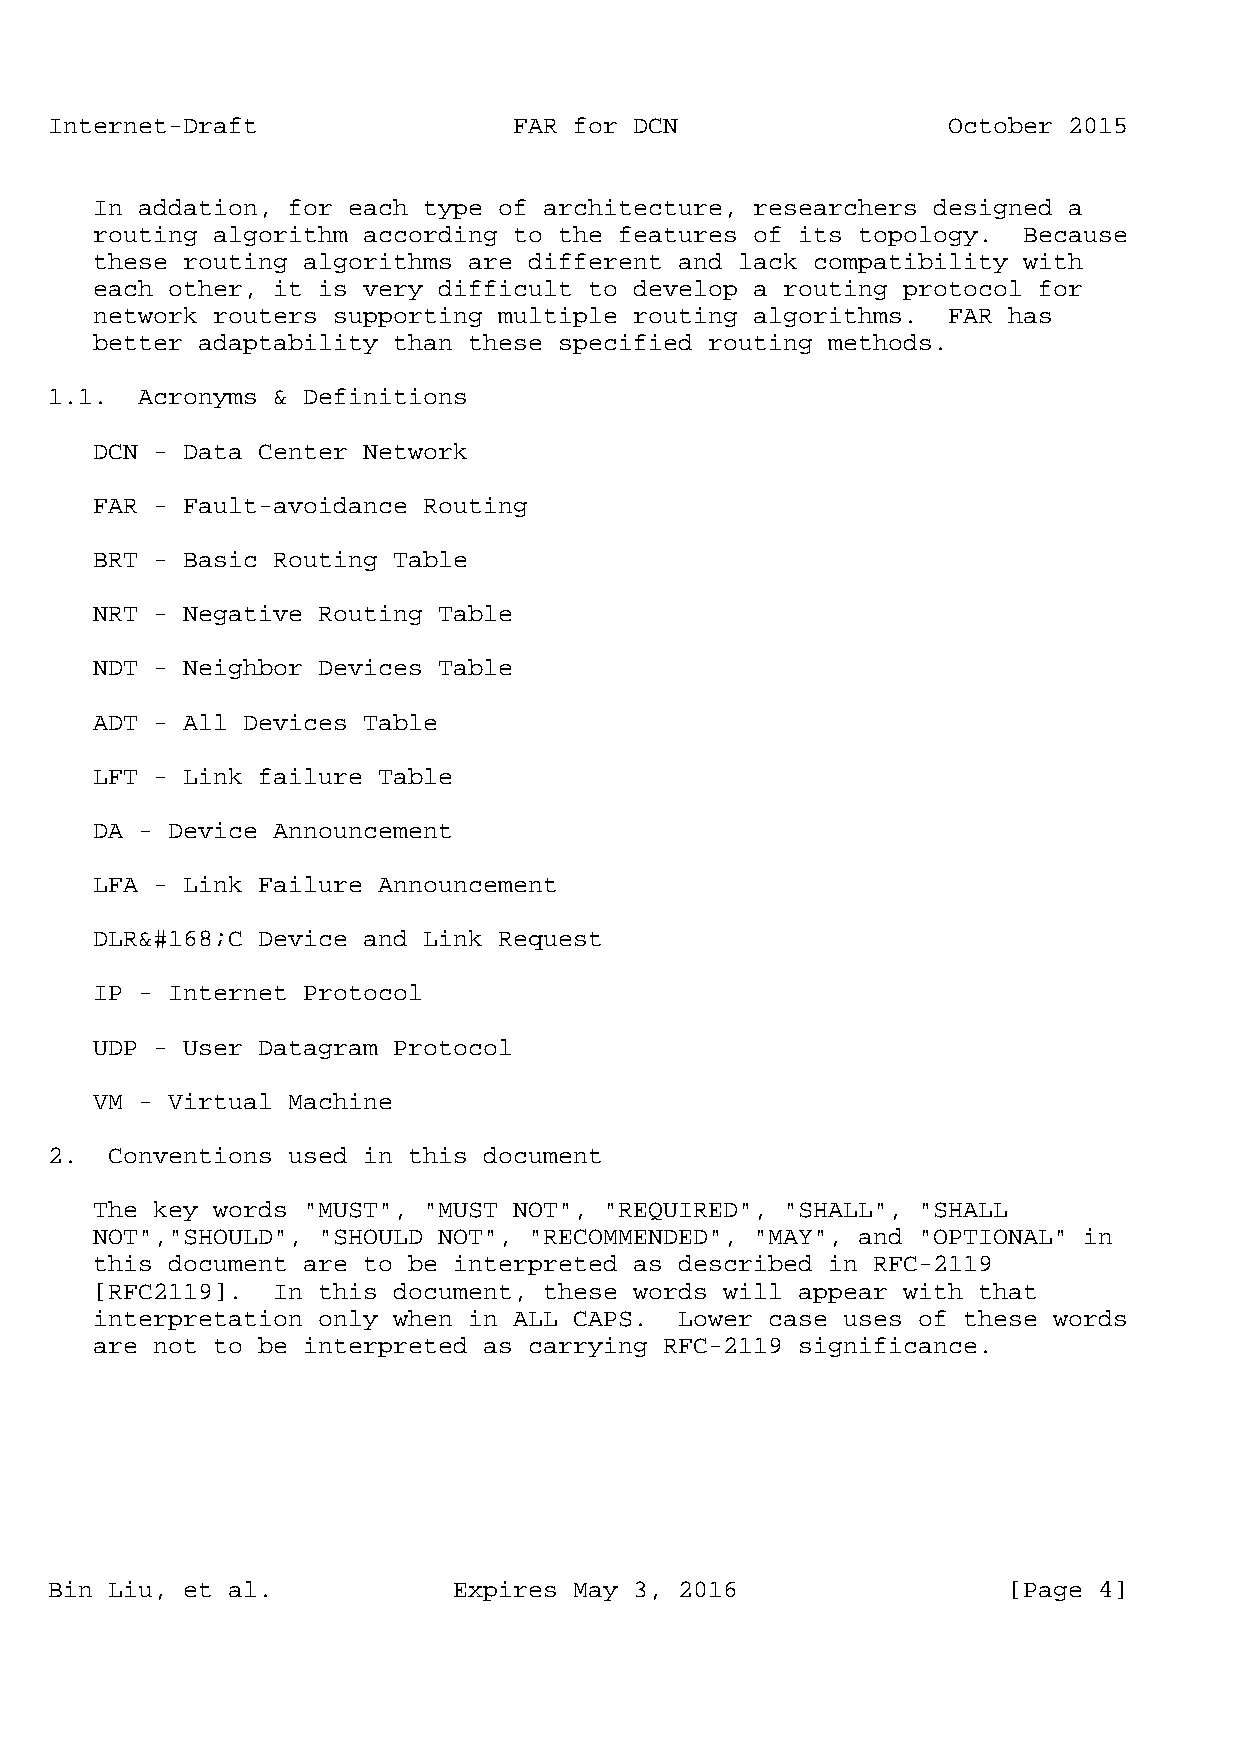
Internet-Draft                 FAR for DCN                  October 2015
 In addation, for each type of architecture, researchers designed a
 routing algorithm according to the features of its topology.  Because
 these routing algorithms are different and lack compatibility with
 each other, it is very difficult to develop a routing protocol for
 network routers supporting multiple routing algorithms.  FAR has
 better adaptability than these specified routing methods.
 1.1.  Acronyms & Definitions
 DCN - Data Center Network
 FAR - Fault-avoidance Routing
 BRT - Basic Routing Table
 NRT - Negative Routing Table
 NDT - Neighbor Devices Table
 ADT - All Devices Table
 LFT - Link failure Table
 DA - Device Announcement
 LFA - Link Failure Announcement
 DLR&#168;C Device and Link Request
 IP - Internet Protocol
 UDP - User Datagram Protocol
 VM - Virtual Machine
 2.  Conventions used in this document
 The key words "MUST", "MUST NOT", "REQUIRED", "SHALL", "SHALL
 NOT","SHOULD", "SHOULD NOT", "RECOMMENDED", "MAY", and "OPTIONAL" in
 this document are to be interpreted as described in RFC-2119
 [RFC2119].  In this document, these words will appear with that
 interpretation only when in ALL CAPS.  Lower case uses of these words
 are not to be interpreted as carrying RFC-2119 significance.
 Bin Liu, et al.            Expires May 3, 2016                  [Page 4]